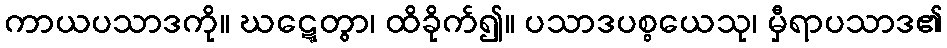
ကာယပသာဒကို။ ဃဋ္ဋေတွာ၊ ထိခိုက်၍။ ပသာဒပစ္စယေသု၊ မှီရာပသာဒ၏